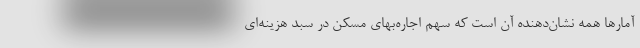
آمارها همه نشان‌دهنده آن است که سهم اجاره‌بهای مسکن در سبد هزینه‌ای